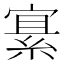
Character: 𫳲